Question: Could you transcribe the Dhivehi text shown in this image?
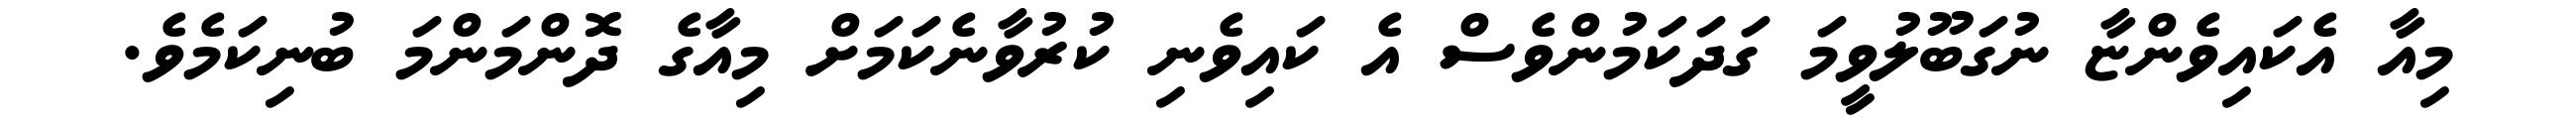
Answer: މިއާ އެކައިވެންޏާ ނުގަބޫލުވީމަ ގަދަކަމުންވެސް އެ ކައިވެނި ކުރުވާނެކަމަށް މިއާގެ ދޮންމަންމަ ބުނިކަމެވެ.